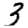
Digit: 3